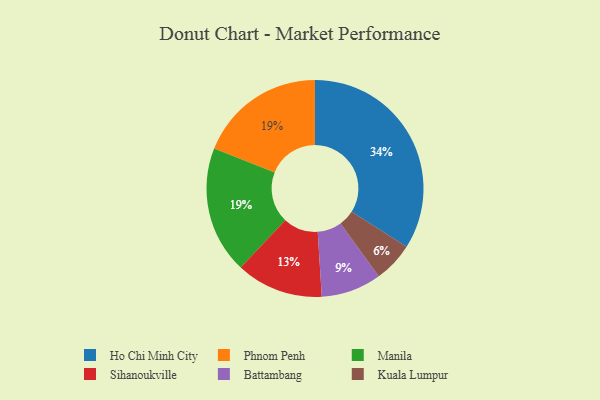
{"axis": {"x": "Category", "y": "Percentage"}, "legend": ["Battambang", "Ho Chi Minh City", "Kuala Lumpur", "Manila", "Phnom Penh", "Sihanoukville"], "data": [{"x": "Kuala Lumpur", "y": 6, "type": "Kuala Lumpur"}, {"x": "Ho Chi Minh City", "y": 34, "type": "Ho Chi Minh City"}, {"x": "Phnom Penh", "y": 19, "type": "Phnom Penh"}, {"x": "Battambang", "y": 9, "type": "Battambang"}, {"x": "Sihanoukville", "y": 13, "type": "Sihanoukville"}, {"x": "Manila", "y": 19, "type": "Manila"}]}